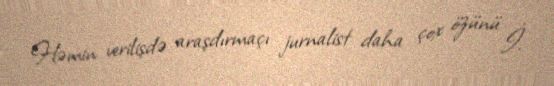
Həmin verilişdə araşdırmaçı jurnalist daha çox özünü İ.